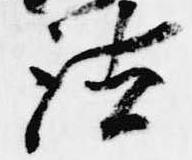
法